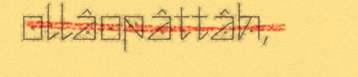
ollâopâttâh,